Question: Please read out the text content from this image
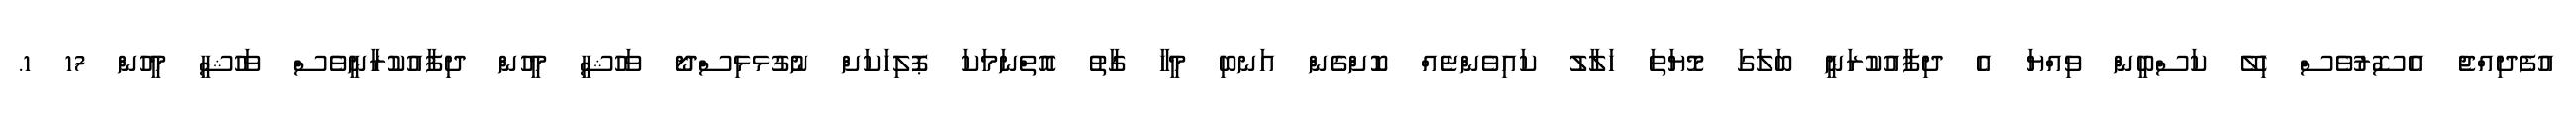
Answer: އުފެދިއްޖެ އެސޮރުވެސް ހިލޭ ކަސްބީން ވިއްޔަ އެ ދިފާއުކުރަނީ ބަލަގަ މޮޔަތަ ހަލާލު ކައިވެންޏެއް ކޮށްގެން އަނބި މީހާ ގާތު އޮތްނަމަކަ ޕޮލިހަކަށް ނުގުޅޅިސްދޯ ވަހުޝީ މީހުން ދިފާއުކުރާނީވެސް ވަހުޝީ މީހުން 17 1.